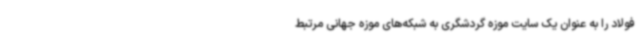
فولاد را به عنوان یک سایت موزه گردشگری به شبکه‌های موزه جهانی مرتبط